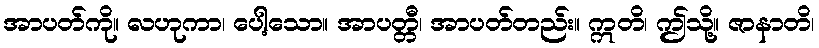
အာပတ်ကို။ လဟုကာ၊ ပေါ့သော။ အာပတ္တီ၊ အာပတ်တည်း။ ဣတိ၊ ဤသို့။ ဇာနာတိ၊